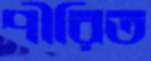
পীরিত